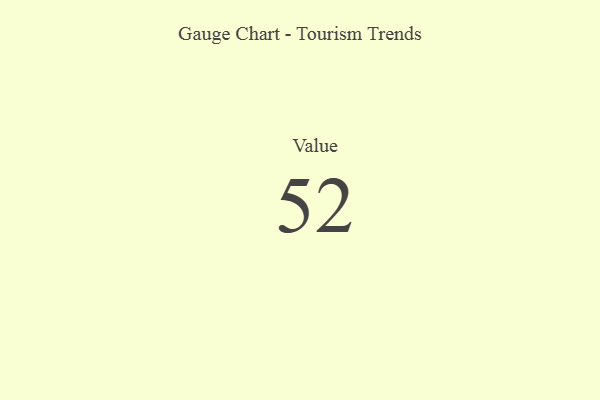
{"axis": {"x": "Metric", "y": "Value"}, "legend": [""], "data": [{"x": "Value", "y": 52, "type": ""}]}